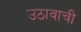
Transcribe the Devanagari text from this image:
उठावाची